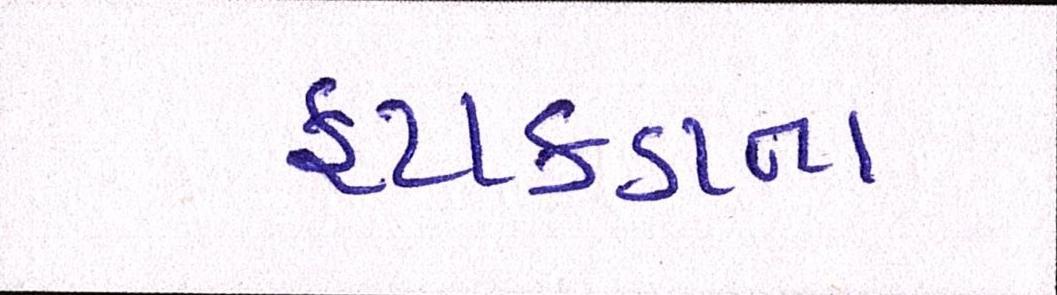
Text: ફટાકડાના